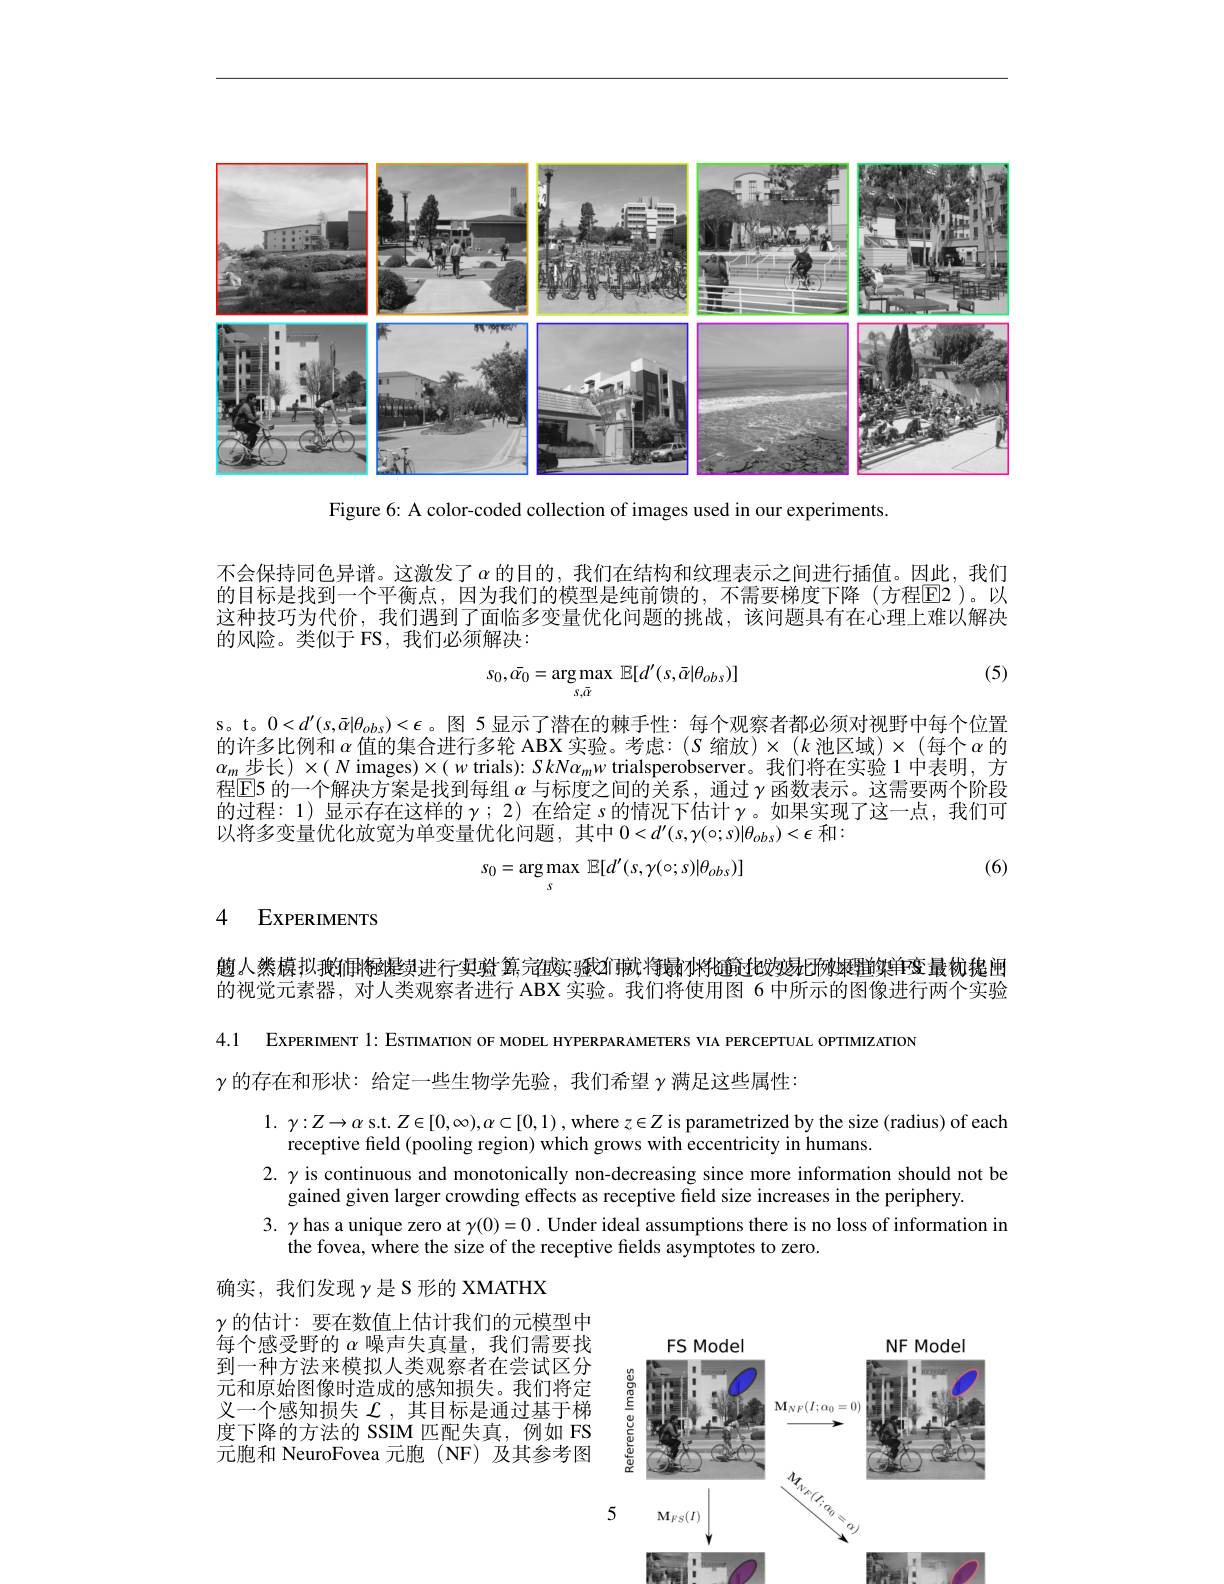
<FigureHere>

Figure 6: A color-coded collection of images used in our experiments.

不会保持同色异谱。这激发了$\alpha$ 的目的，我们在结构和纹理表示之间进行插值。因此，我们的目标是找到一个平衡点，因为我们的模型是纯前馈的，不需要梯度下降(方程E2)。以这种技巧为代价，我们遇到了面临多变量优化问题的挑战，该问题具有在心理上难以解决的风险。类似于 FS,我们必须解决：

(5)
$$s_0,\bar{\alpha_0}=\arg\max_{s,\bar{\alpha}}\mathbb{E}[d'(s,\bar{\alpha}|\theta_{obs})]$$
s。t。$0<d^{\prime}(s,\bar{\alpha}|\theta_{obs})<\epsilon$。图 5 显示了潜在的棘手性：每个观察者都必须对视野中每个位置的许多比例和 $\alpha$ 值的集合进行多轮 ABX 实验。考虑：(S 缩放)$\times(k$ 池区域)$\times($每个$\alpha$ 的$\alpha_{m}$步长)$\times(N$images$)\times(w$ trials$):SkN\alpha_mw$ trialsperobserver。我们将在实验 1 中表明，方程$\overline{\mathrm{E}}$5 的一个解决方案是找到每组$\alpha$与标度之间的关系，通过$\gamma$函数表示。这需要两个阶段的过程：1) 显示存在这样的$\gamma;2)$ 在给定 s 的情况下估计 $\gamma$。如果实现了这一点，我们可以将多变量优化放宽为单变量优化问题，其中$0<d^\prime(s,\gamma(\circ;s)|\theta_{obs})<\epsilon$和：
$$s_{0}=\arg\max_{s}\mathbb{E}[d^{\prime}(s,\gamma(\circ;s)|\theta_{obs})]$$
(6)

### 4 EXPERIMENTS

魑人橥榬拟搬恫将蛏柽续进行具验算，完铀实骚幻辅戏将最冰将超链过极效易比两摊理的实的的视觉元素器，对人类观察者进行 ABX 实验。我们将使用图 6 中所示的图像进行两个实验

4.1 ExPERIMENT 1: EsтIMATION OF MODEL HYPERPARAMETERS VIA PERCEPTUAL OPTIMIZATION

$\gamma$的存在和形状：给定一些生物学先验，我们希望$\gamma$满足这些属性：

1. $\gamma : Z\to \alpha$ s.t. $Z\in[0,\infty),\alpha\subset[0,1)$ , where $z\in Z$ is parametrized by the size (radius) of each
receptive field (pooling region) which grows with eccentricity in humans.
2. $\gamma$ is continuous and monotonically non-decreasing since more information should not be
gained given larger crowding effects as receptive field size increases in the periphery.
3. $\gamma$ has a unique zero at $\gamma(0)=0.$ Under ideal assumptions there is no loss of information in
the fovea, where the size of the receptive fields asymptotes to zero.

确实，我们发现$\gamma$是 S 形的 XMATHX
$\gamma$的估计：要在数值上估计我们的元模型中每个感受野的$\alpha$噪声失真量，我们需要找到一种方法来模拟人类观察者在尝试区分元和原始图像时造成的感知损失。我们将定义一个感知损失$\mathcal{L}$,其目标是通过基于梯度下降的方法的 SSIM 匹配失真，例如 FS 元胞和 NeuroFovea 元胞(NF)及其参考图

<FigureHere>